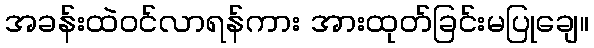
အခန်းထဲဝင်လာရန်ကား အားထုတ်ခြင်းမပြုချေ။